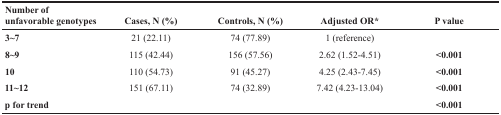
| Number of unfavorable genotypes | Cases, N (%) | Controls, N (%) | Adjusted OR* | P value |
 | --- | --- | --- | --- | --- |
 | 3~7 | 21 (22.11) | 74 (77.89) | 1 (reference) |  |
 | 8~9 | 115 (42.44) | 156 (57.56) | 2.62 (1.52-4.51) | <0.001 |
 | 10 | 110 (54.73) | 91 (45.27) | 4.25 (2.43-7.45) | <0.001 |
 | 11~12 | 151 (67.11) | 74 (32.89) | 7.42 (4.23-13.04) | <0.001 |
 | p for trend |  |  |  | <0.001 |